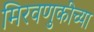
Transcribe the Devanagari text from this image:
मिरवणुकीच्या